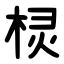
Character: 棂